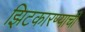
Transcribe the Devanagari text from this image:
झिटकारण्याची